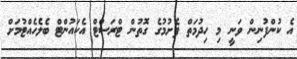
އެ ކުންފުނިން ވަނީ މި ހިދުމަތް ފެށުމުގެ ގޮތުން ޓްރަސްޓް އެކައުންޓް ބެލެހެއްޓުމަށް